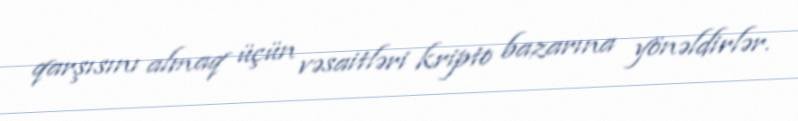
qarşısını almaq üçün vəsaitləri kripto bazarına yönəldirlər.